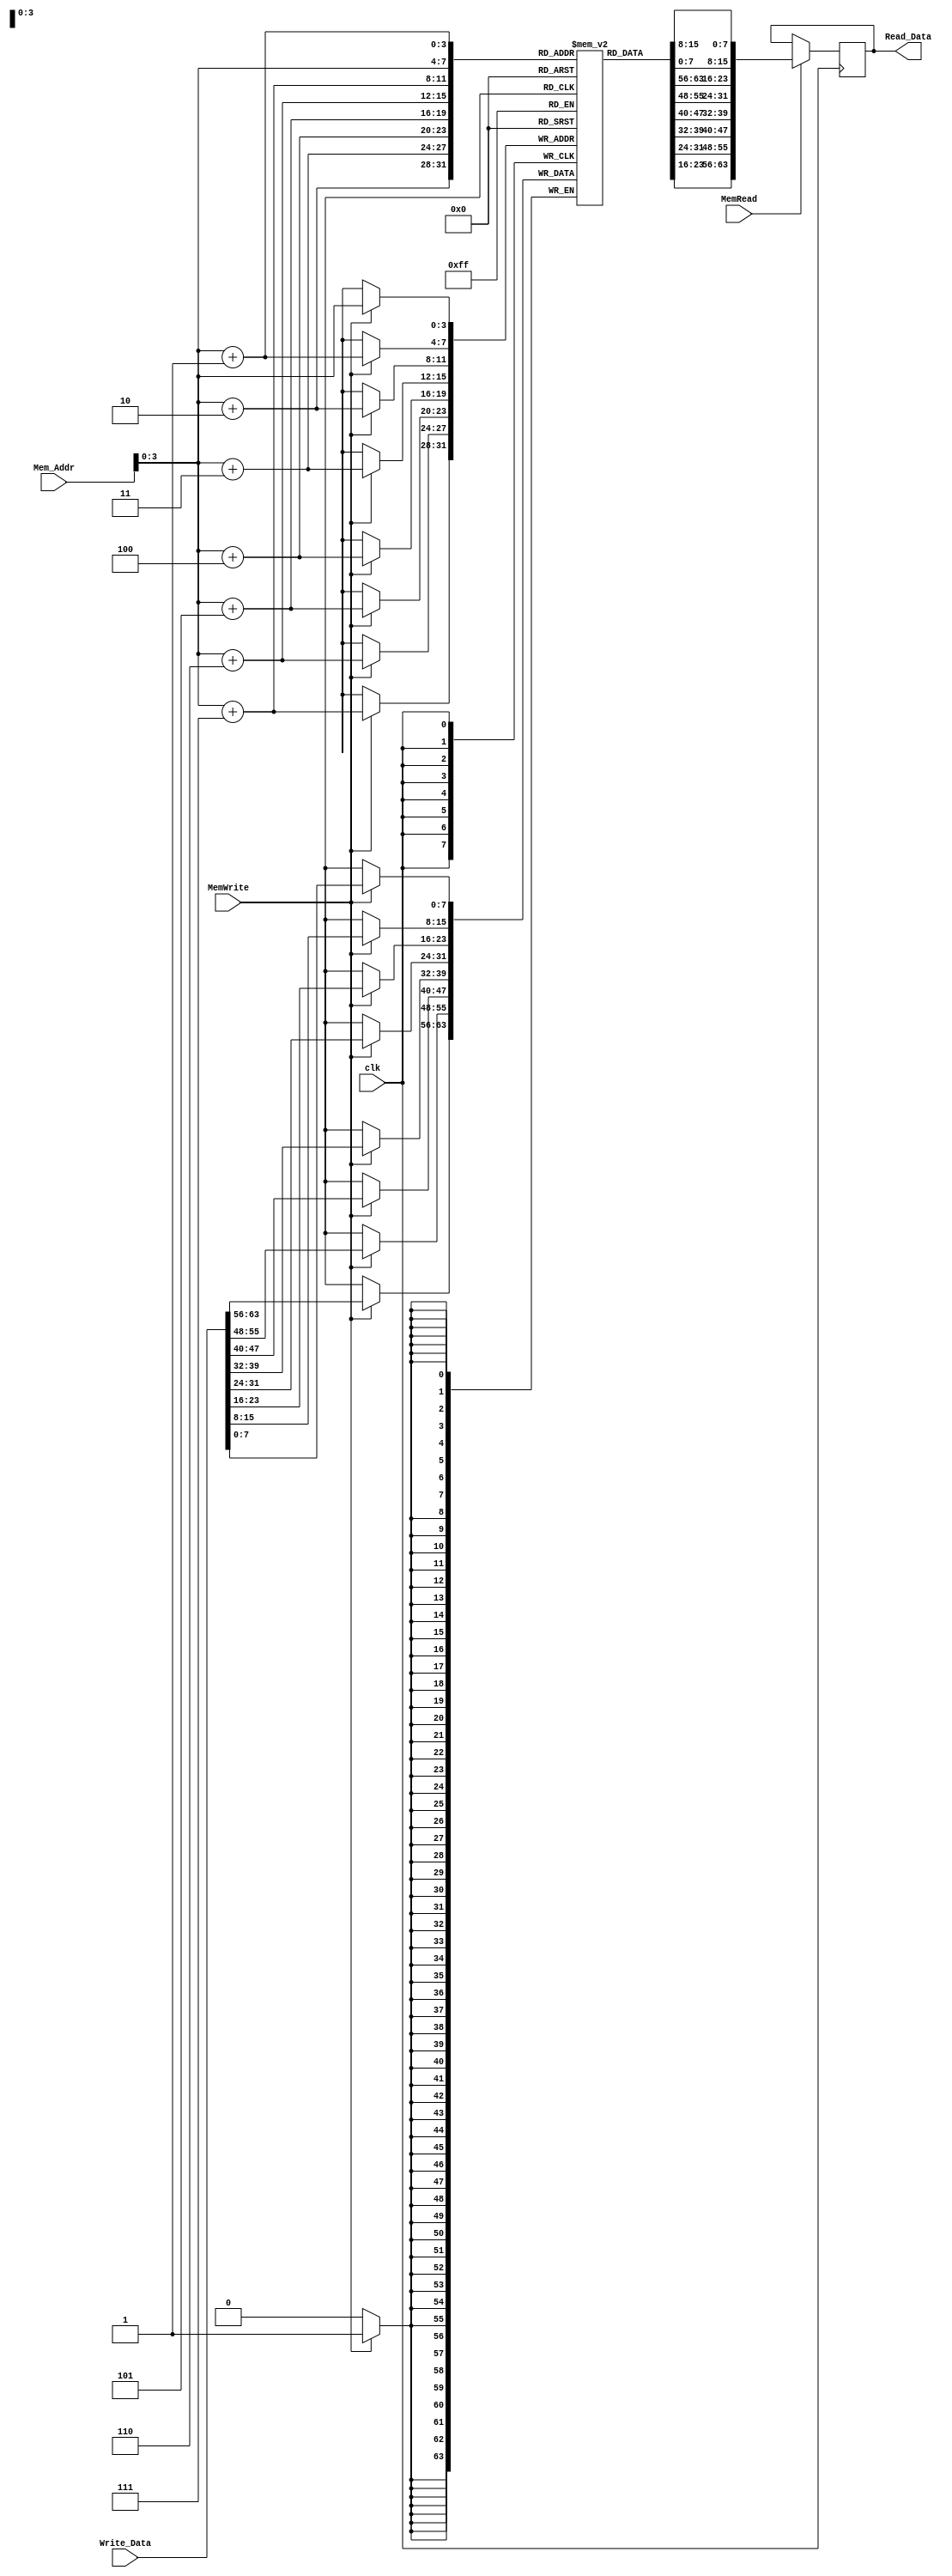
module Data_Memory
(
	input [63:0] Mem_Addr,
	input [63:0] Write_Data,
	input clk,
	input MemWrite,
	input MemRead,
	output reg [63:0] Read_Data
);

reg [7:0] Data [15:0];

initial
		begin
			Data [63] = 8'd63;
			Data [62] = 8'd62;
			Data [61] = 8'd61;
			Data [60] = 8'd60;
			Data [59] = 8'd59;
			Data [58] = 8'd58;
			Data [57] = 8'd57;
			Data [56] = 8'd56;
			Data [55] = 8'd55;
			Data [54] = 8'd54;
			Data [53] = 8'd53;
			Data [52] = 8'd52;
			Data [51] = 8'd51;
			Data [50] = 8'd50;
			Data [49] = 8'd49;
			Data [48] = 8'd48;
			Data [47] = 8'd47;
			Data [46] = 8'd46;
			Data [45] = 8'd45;
			Data [44] = 8'd44;
			Data [43] = 8'd43;
			Data [42] = 8'd42;
			Data [41] = 8'd41;
			Data [40] = 8'd40;
			Data [39] = 8'd39;
			Data [38] = 8'd38;
			Data [37] = 8'd37;
			Data [36] = 8'd36;
			Data [35] = 8'd35;
			Data [34] = 8'd34;
			Data [33] = 8'd33;
			Data [32] = 8'd32;
			Data [31] = 8'd31;
			Data [30] = 8'd30;
			Data [29] = 8'd29;
			Data [28] = 8'd28;
			Data [27] = 8'd27;
			Data [26] = 8'd26;
			Data [25] = 8'd25;
			Data [24] = 8'd24;
			Data [23] = 8'd23;
			Data [22] = 8'd22;
			Data [21] = 8'd21;
			Data [20] = 8'd20;
			Data [19] = 8'd19;
			Data [18] = 8'd18;
			Data [17] = 8'd17;
			Data [16] = 8'd16;
			Data [15] = 8'd15;
			Data [14] = 8'd14;
			Data [13] = 8'd13;
			Data [12] = 8'd12;
			Data [11] = 8'd11;
			Data [10] = 8'd10;
			Data [9] = 8'd9;
			Data [8] = 8'd8;
			Data [7] = 8'd7;
			Data [6] = 8'd6;
			Data [5] = 8'd5;
			Data [4] = 8'd4;
			Data [3] = 8'd3;
			Data [2] = 8'd2;
			Data [1] = 8'd1;
			Data [0] = 8'd0;
		end
		
	always@ (posedge clk)
		begin 
			if(MemRead) 
				Read_Data = {Data[Mem_Addr+7],Data[Mem_Addr+6],Data[Mem_Addr+5],Data[Mem_Addr+4],Data[Mem_Addr+3],Data[Mem_Addr+2],Data[Mem_Addr+1],Data[Mem_Addr]};
			if(MemWrite)
				begin
					Data[Mem_Addr] = Write_Data[7:0]; 
					Data[Mem_Addr+1] = Write_Data[15:8]; 
					Data[Mem_Addr+2] = Write_Data[23:16]; 
					Data[Mem_Addr+3] = Write_Data[31:24]; 
					Data[Mem_Addr+4] = Write_Data[39:32]; 
					Data[Mem_Addr+5] = Write_Data[47:40]; 
					Data[Mem_Addr+6] = Write_Data[55:48]; 
					Data[Mem_Addr+7] = Write_Data[63:56]; 
				end
				
				
		end 
endmodule